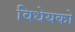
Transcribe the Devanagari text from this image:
विधेयको